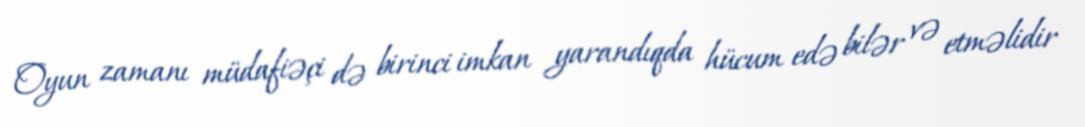
Oyun zamanı müdafiəçi də birinci imkan yarandıqda hücum edə bilər və etməlidir